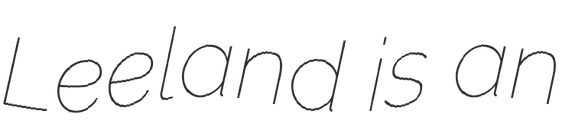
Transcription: Leeland is an